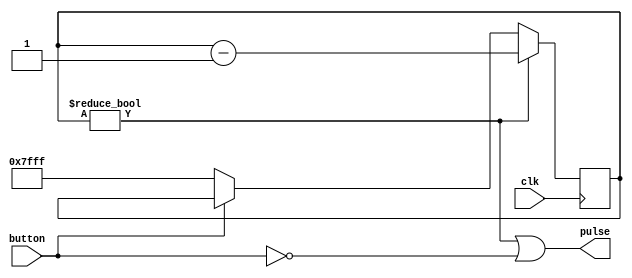
module button2(clk, pulse, button);
	parameter TIME = 32767;
	input clk;
	output pulse;
	input button;

	reg [15:0] delay;
	assign pulse = (delay != 0) | (!button);
	always @(posedge clk) begin
		if (delay != 0) 
			delay <= delay - 1;
		else
			if (!button) delay <= TIME;
	end
endmodule